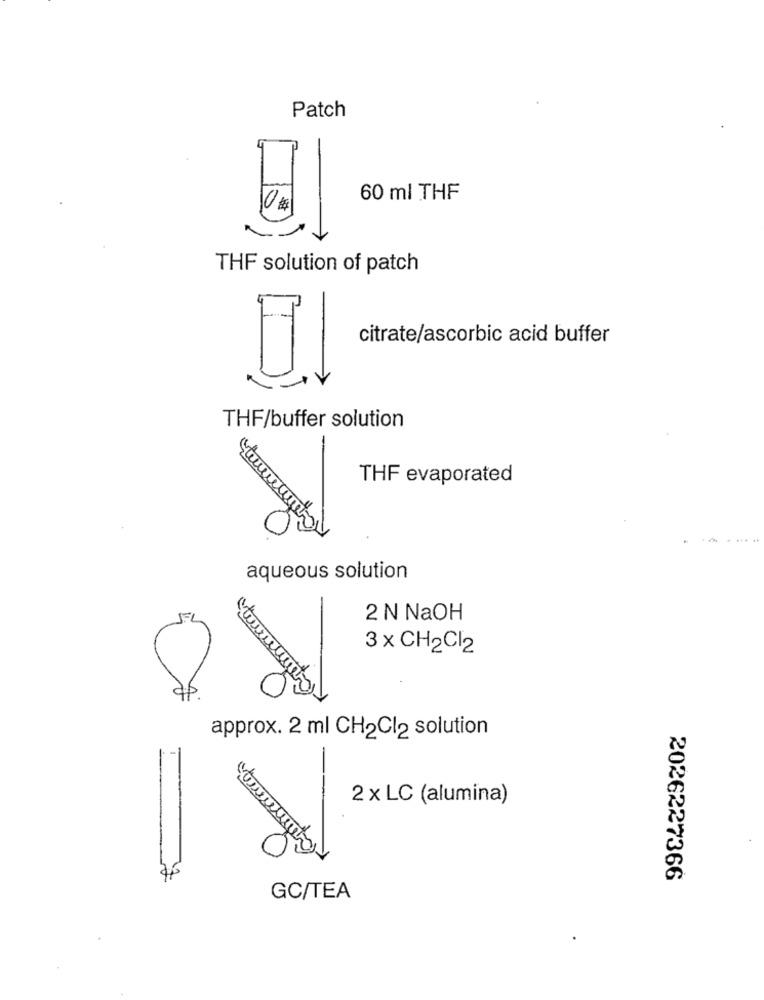
Patch
60 ml THF
THE solution of patch
citrate/ascorbic acid buffer
THF/buffer solution
THF evaporated
aqueous solution
2 N NaOH
3 x CH2Cl2
approx. 2 ml CH2Cl2 solution
2 x LC (alumina)
--
2026227366
GC/TEA